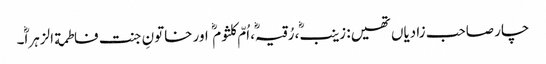
چار صاحب زادیاں تھیں: زینب، رُقیہ، اُمّ کلثوم اور خاتونِ جنت فاطمة الزہرا۔